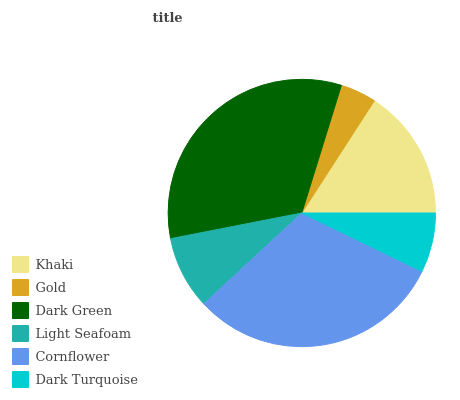
| Khaki | Gold | Dark Green | Light Seafoam | Cornflower | Dark Turquoise |
 | --- | --- | --- | --- | --- | --- |
 | 15.9% | 4.35% | 32.8% | 8.83% | 30.9% | 7.22% |